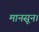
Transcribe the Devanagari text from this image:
मानसून।